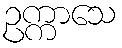
ဥက္ကာသေ